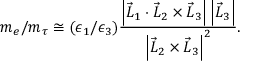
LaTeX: m _ { e } / m _ { \tau } \cong ( \epsilon _ { 1 } / \epsilon _ { 3 } ) \frac { \left| \vec { L } _ { 1 } \cdot \vec { L } _ { 2 } \times \vec { L } _ { 3 } \right| \left| \vec { L } _ { 3 } \right| } { \left| \vec { L } _ { 2 } \times \vec { L } _ { 3 } \right| ^ { 2 } } .